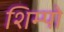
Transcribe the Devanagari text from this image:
शिम्पो